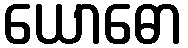
ယောဓော